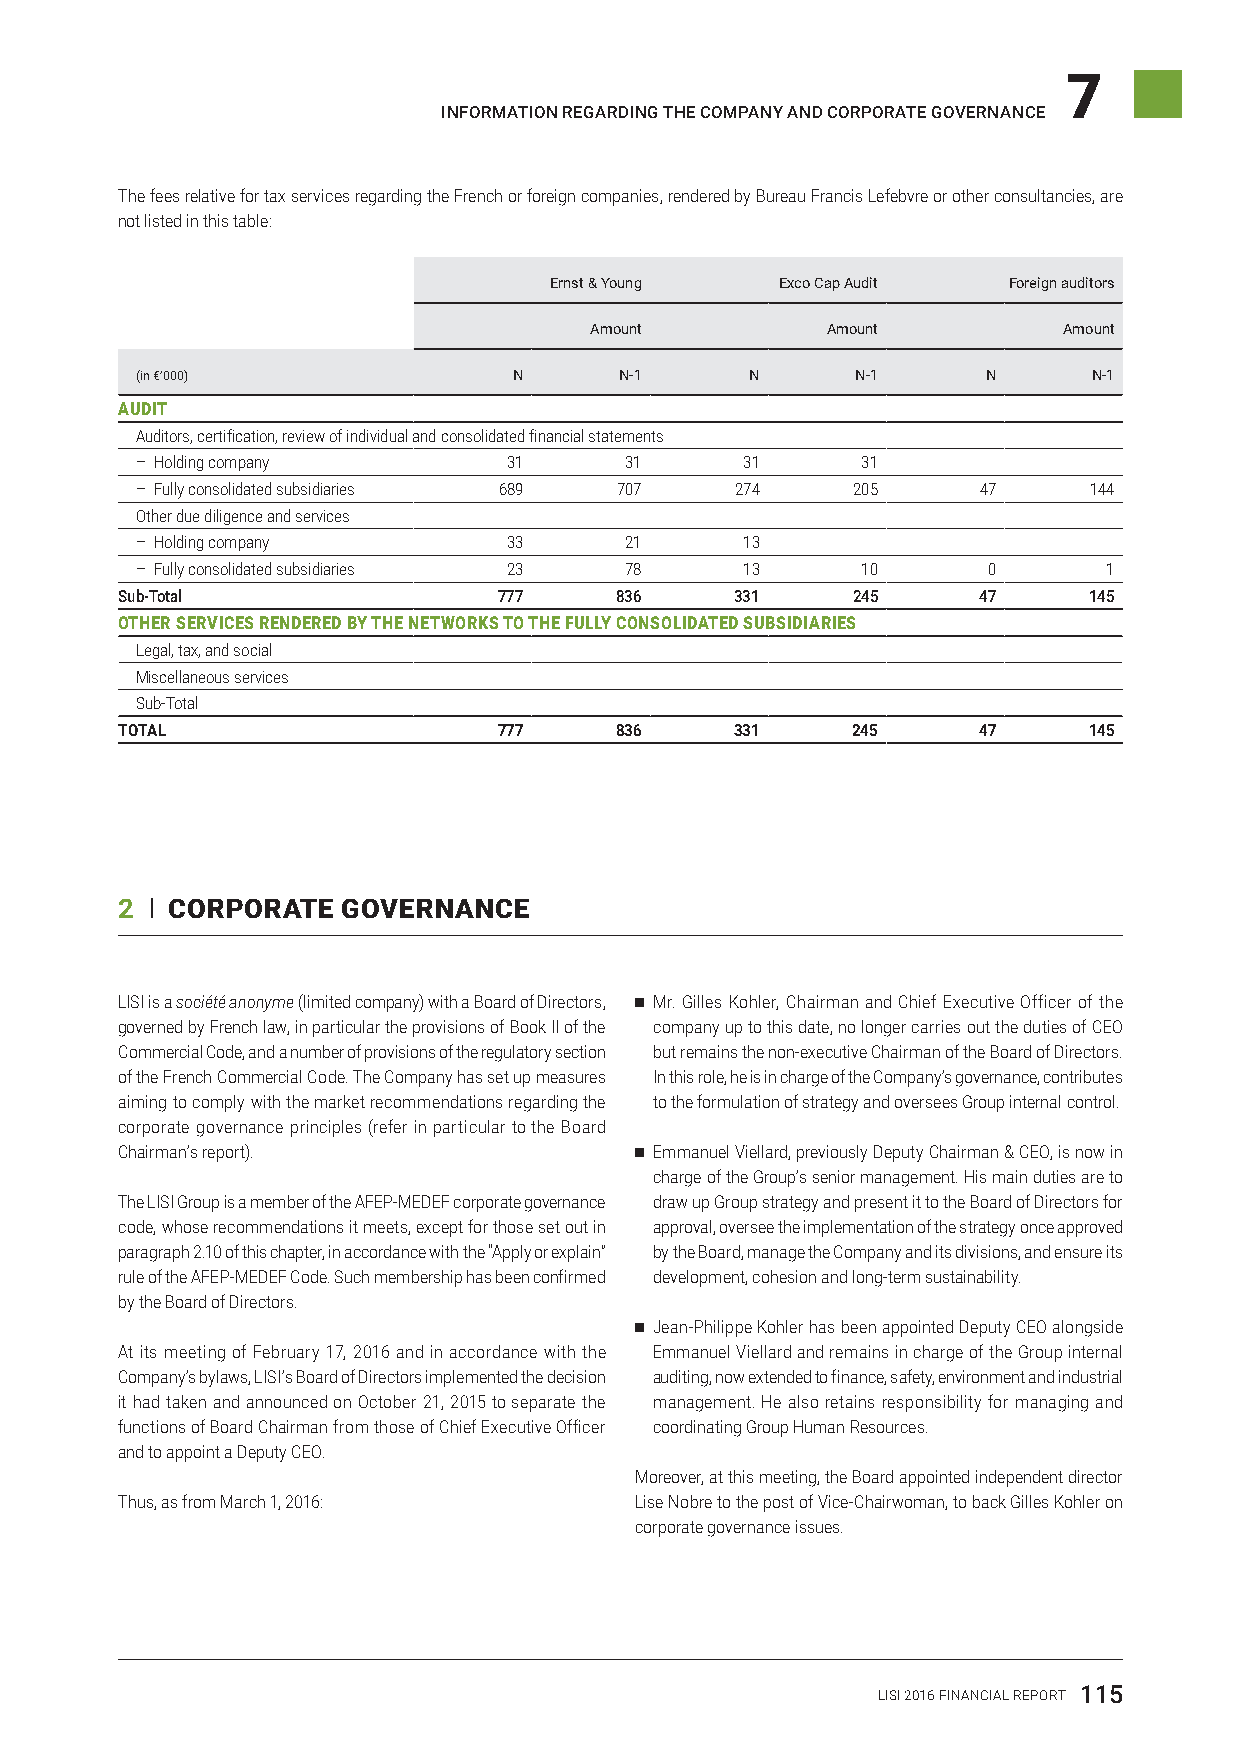
7
 InformatIon regardIng the company and corporate governance
 The fees relative for tax services regarding the French or foreign companies, rendered by Bureau Francis Lefebvre or other consultancies, are
 not listed in this table:
 Ernst & Young   Exco Cap Audit Foreign auditors
 Amount          Amount         Amount
 (in €’000)               N      N-1      N      N-1     N      N-1
 AUDIT
 Auditors, certification, review of individual and consolidated financial statements
 – Holding company        31     31      31      31
 – Fully consolidated subsidiaries 689 707 274  205      47     144
 Other due diligence and services
 – Holding company        33     21      13
 – Fully consolidated subsidiaries 23 78 13      10      0       1
 Sub-total                777     836     331    245      47     145
 OTHER SERVICES RENDERED BY THE NETWORKS TO THE FULLY CONSOLIDATED SUBSIDIARIES
 Legal, tax, and social
 Miscellaneous services
 Sub-Total
 TOTAL                    777     836     331    245      47     145
 2 I CORPORATE  GOVERNANCE
 LISI is a société anonyme (limited company) with a Board of Directors, ■–Mr. Gilles Kohler, Chairman and Chief Executive Officer of the
 governed by French law, in particular the provisions of Book II of the company up to this date, no longer carries out the duties of CEO
 Commercial Code, and a number of provisions of the regulatory section but remains the non-executive Chairman of the Board of Directors.
 of the French Commercial Code. The Company has set up measures In this role, he is in charge of the Company’s governance, contributes
 aiming to comply with the market recommendations regarding the to the formulation of strategy and oversees Group internal control.
 corporate governance principles (refer in particular to the Board
 Chairman’s report).               ■–Emmanuel Viellard, previously Deputy Chairman & CEO, is now in
 charge of the Group’s senior management. His main duties are to
 The LISI Group is a member of the AFEP-MEDEF corporate governance draw up Group strategy and present it to the Board of Directors for
 code, whose recommendations it meets, except for those set out in approval, oversee the implementation of the strategy once approved
 paragraph 2.10 of this chapter, in accordance with the “Apply or explain” by the Board, manage the Company and its divisions, and ensure its
 rule of the AFEP-MEDEF Code. Such membership has been confirmed development, cohesion and long-term sustainability.
 by the Board of Directors.
 ■–Jean-Philippe Kohler has been appointed Deputy CEO alongside
 At its meeting of February 17, 2016 and in accordance with the Emmanuel Viellard and remains in charge of the Group internal
 Company’s bylaws, LISI’s Board of Directors implemented the decision auditing, now extended to finance, safety, environment and industrial
 it had taken and announced on October 21, 2015 to separate the management. He also retains responsibility for managing and
 functions of Board Chairman from those of Chief Executive Officer coordinating Group Human Resources.
 and to appoint a Deputy CEO.
 Moreover, at this meeting, the Board appointed independent director
 Thus, as from March 1, 2016:      Lise Nobre to the post of Vice-Chairwoman, to back Gilles Kohler on
 corporate governance issues.
 LISI 2016 FINANCIAL REPORT 115